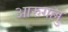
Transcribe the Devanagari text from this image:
आरुगल्लु